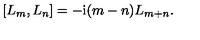
\left[ L _ { m } , L _ { n } \right] = - \mathrm { i } ( m - n ) L _ { m + n } .